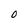
Character: 0